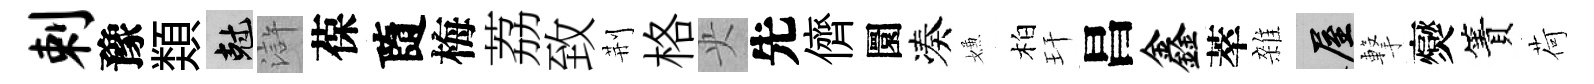
剌豫𩔖剋滸葆隨梅荔致荆格央先儕圜凑嫌柏玕昌鑫萃雜屋撃爕簀荷